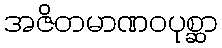
အဇိတမာဏဝပုစ္ဆာ